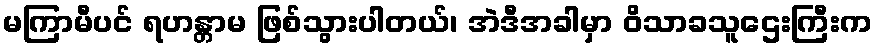
မကြာမီပင် ရဟန္တာမ ဖြစ်သွားပါတယ်၊ အဲဒီအခါမှာ ဝိသာခသူဌေးကြီးက